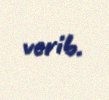
verib.